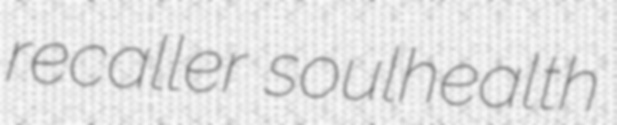
recaller soulhealth